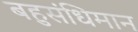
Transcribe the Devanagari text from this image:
बहुसंधिमान